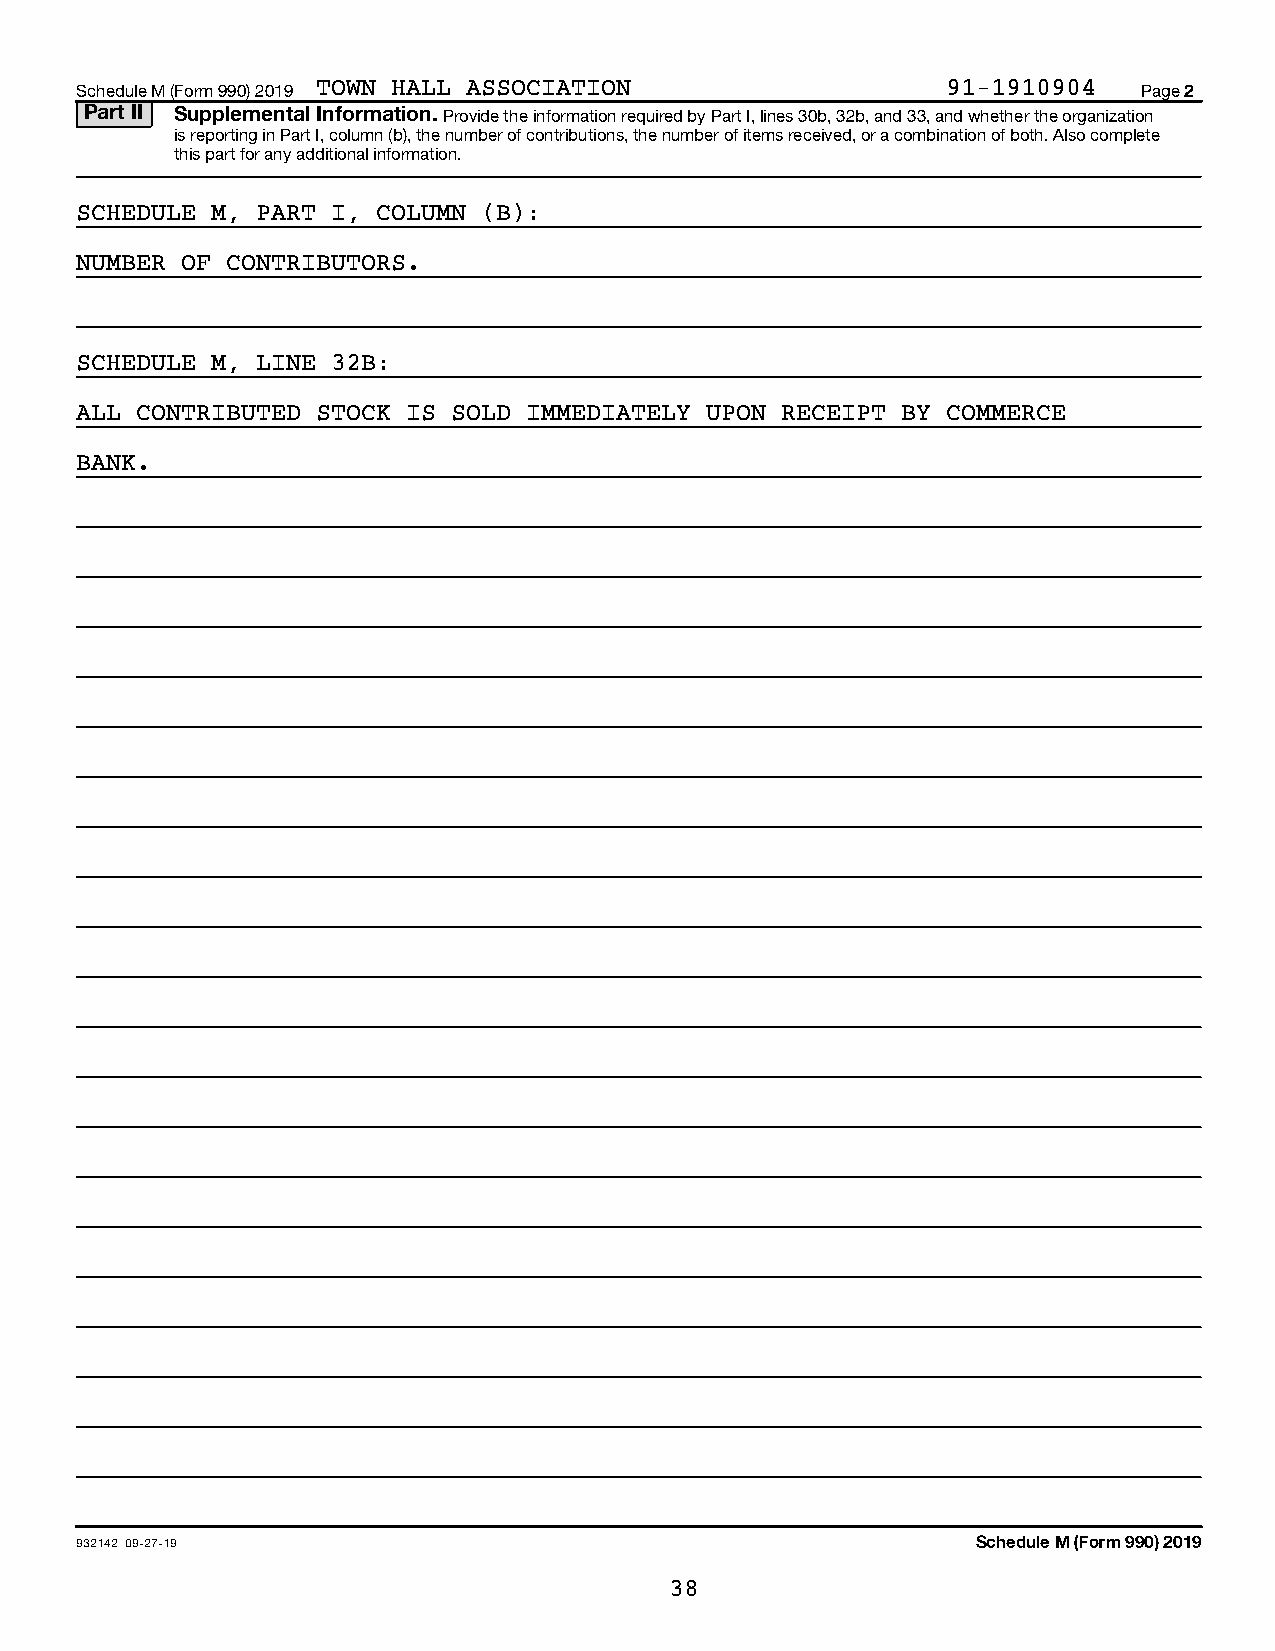
Schedule M (Form 990) 2019 TOWN HALL ASSOCIATION          91-1910904   Page 2
 Part II Supplemental Information. Provide the information required by Part I, lines 30b, 32b, and 33, and whether the organization
 is reporting in Part I, column (b), the number of contributions, the number of items received, or a combination of both. Also complete
 this part for any additional information.
 SCHEDULE M, PART I, COLUMN (B):
 NUMBER OF CONTRIBUTORS.
 SCHEDULE M, LINE 32B:
 ALL CONTRIBUTED STOCK IS SOLD IMMEDIATELY UPON RECEIPT BY COMMERCE
 BANK.
 932142 09-27-19                                             Schedule M (Form 990) 2019
 38